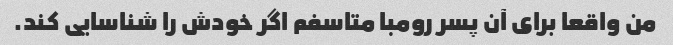
من واقعا برای آن پسر رومبا متاسفم اگر خودش را شناسایی کند.